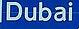
dubai